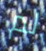
لم